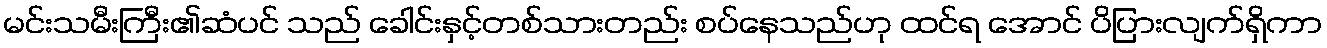
မင်းသမီးကြီး၏ဆံပင် သည် ခေါင်းနှင့်တစ်သားတည်း စပ်နေသည်ဟု ထင်ရ အောင် ပိပြားလျက်ရှိကာ